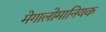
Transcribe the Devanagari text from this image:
मेगालोमानियक